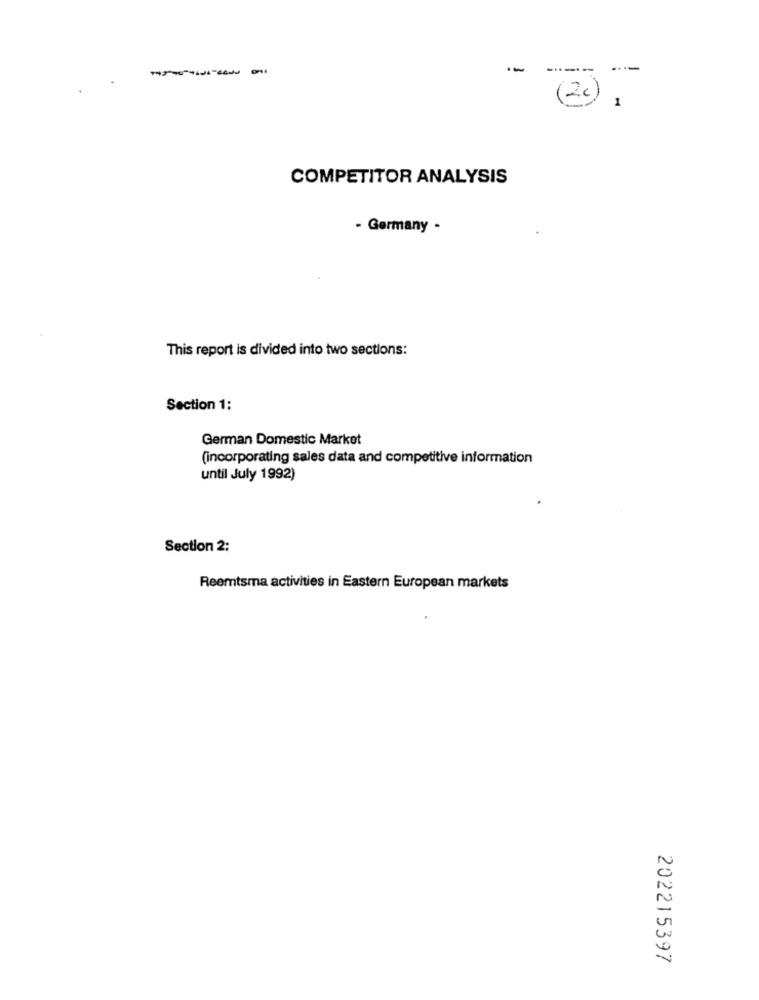
----
(20) ,
COMPETITOR ANALYSIS
- Germany -
This report is divided into two sections:
Section 1:
German Domestic Market
(incorporating sales data and competitive information
until July 1992)
Section 2:
Reemtsma activities in Eastern European markets
202215397